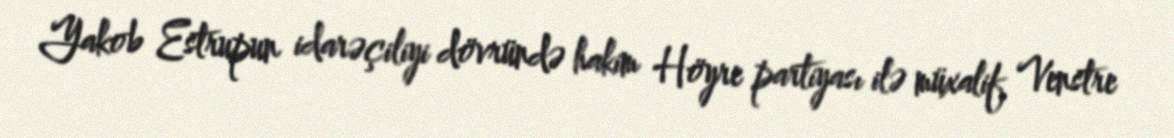
Yakob Estrupun idarəçiliyi dövründə hakim Höyre partiyası ilə müxalif Venstre